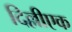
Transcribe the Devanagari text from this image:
दिल्लीएक